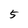
Character: 5